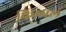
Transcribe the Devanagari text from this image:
फिम्मल